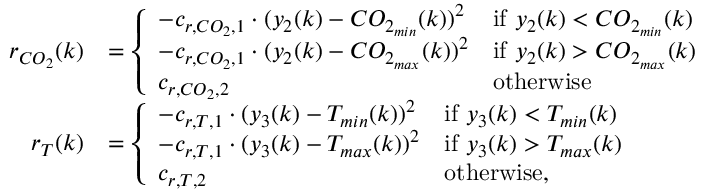
\begin{array} { r l } { r _ { C O _ { 2 } } ( k ) } & { = \left\{ \begin{array} { l l } { - c _ { r , C O _ { 2 } , 1 } \cdot ( y _ { 2 } ( k ) - C O _ { 2 _ { m i n } } ( k ) ) ^ { 2 } } & { \mathrm { i f ~ } y _ { 2 } ( k ) < C O _ { 2 _ { m i n } } ( k ) } \\ { - c _ { r , C O _ { 2 } , 1 } \cdot ( y _ { 2 } ( k ) - C O _ { 2 _ { m a x } } ( k ) ) ^ { 2 } } & { \mathrm { i f ~ } y _ { 2 } ( k ) > C O _ { 2 _ { m a x } } ( k ) } \\ { c _ { r , C O _ { 2 } , 2 } } & { \mathrm { o t h e r w i s e } } \end{array} \right. } \\ { r _ { T } ( k ) } & { = \left\{ \begin{array} { l l } { - c _ { r , T , 1 } \cdot ( y _ { 3 } ( k ) - T _ { m i n } ( k ) ) ^ { 2 } } & { \mathrm { i f ~ } y _ { 3 } ( k ) < T _ { m i n } ( k ) } \\ { - c _ { r , T , 1 } \cdot ( y _ { 3 } ( k ) - T _ { m a x } ( k ) ) ^ { 2 } } & { \mathrm { i f ~ } y _ { 3 } ( k ) > T _ { m a x } ( k ) } \\ { c _ { r , T , 2 } } & { \mathrm { o t h e r w i s e } , } \end{array} \right. } \end{array}